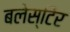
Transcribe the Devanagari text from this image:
बलेस्टिेर